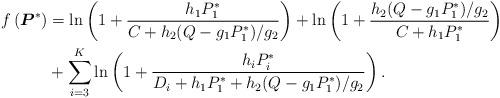
LaTeX: \begin{align*}f\left(\boldsymbol{P}^*\right)&=\ln\left(1+\frac{h_{1}P^*_1}{C+h_{2}(Q-g_1P^*_1)/g_2}\right)+\ln\left(1+\frac{h_{2}(Q-g_1P^*_1)/g_2}{C+h_{1}P^*_1}\right)\\&+\sum_{i=3}^K\ln\left(1+\frac{h_{i}P^*_i}{D_i+h_{1}P^*_1+h_{2}(Q-g_1P^*_1)/g_2}\right).\end{align*}